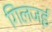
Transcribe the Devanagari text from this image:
गिलजई